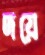
দয়ে